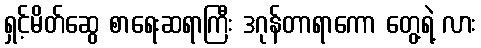
ရှင့်မိတ်ဆွေ စာရေးဆရာကြီး ဒဂုန်တာရာကော တွေ့ရဲ့ လား